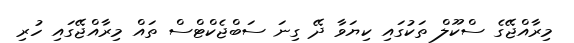
މިރާއްޖޭގެ ސްކޫލް ތަކުގައި ކިޔަވާ ދޭ ގިނަ ސަބްޖެކްޓްސް ތައް މިރާއްޖޭގައި ހުރި